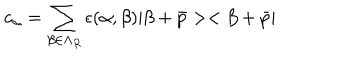
c _ { \alpha } = \sum _ { \beta \in \Lambda _ { R } } \epsilon ( \alpha , \beta ) | \beta + \bar { p } > < \beta + \bar { p } |